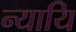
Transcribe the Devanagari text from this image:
न्यायि